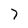
Character: 7